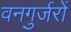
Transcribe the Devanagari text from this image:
वनगुर्जरों